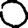
Digit: 0